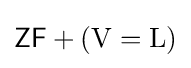
{\mathsf {ZF}}+({\mathrm {V} }={\mathrm {L} })